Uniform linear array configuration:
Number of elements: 64
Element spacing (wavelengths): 0.75
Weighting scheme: exponential
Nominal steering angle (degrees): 60
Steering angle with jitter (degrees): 60.752
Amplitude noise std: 0.05
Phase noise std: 0.05

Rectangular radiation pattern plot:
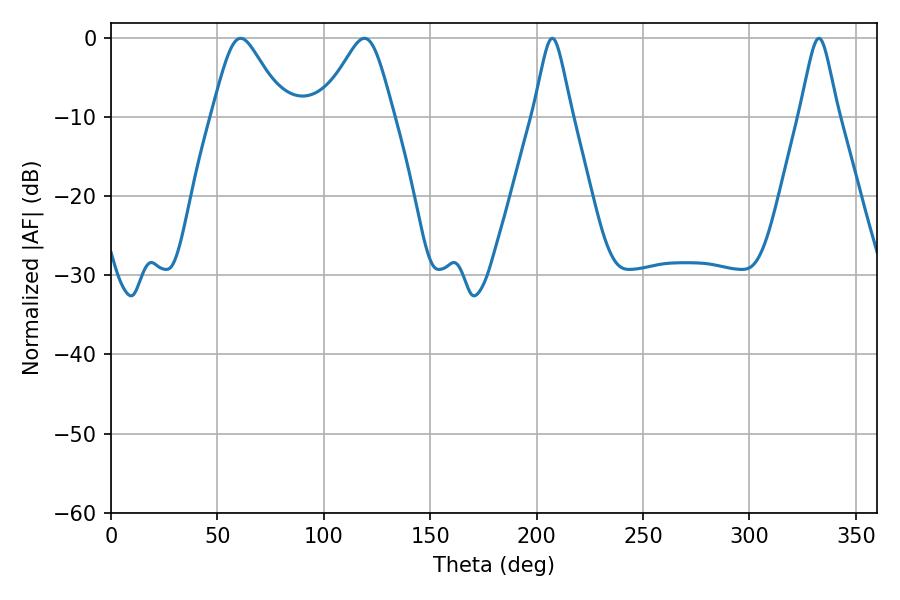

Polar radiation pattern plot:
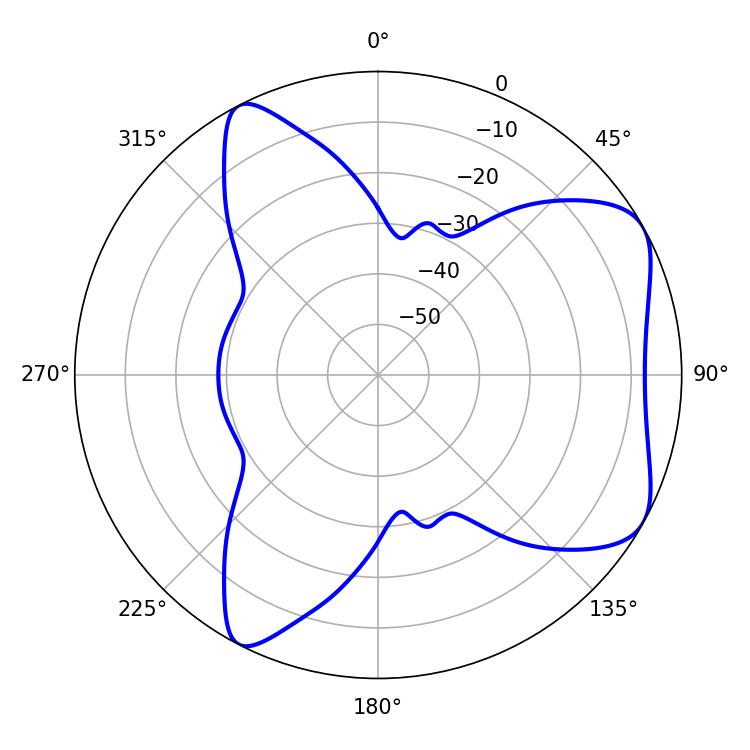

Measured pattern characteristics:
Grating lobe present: TRUE
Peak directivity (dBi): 6.235
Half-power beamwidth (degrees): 8.64
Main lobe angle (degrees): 207.36